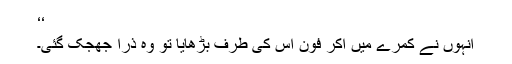
‘‘
انہوں نے کمرے میں آکر فون اس کی طرف بڑھایا تو وہ ذرا جھجک گئی۔